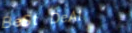
BeSt DeAl